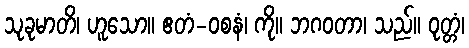
သုခုမာတိ၊ ဟူသော။ ဧတံ-ဝစနံ၊ ကို။ ဘဂဝတာ၊ သည်။ ဝုတ္တံ၊